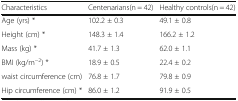
<table><thead><tr><td><b>Characteristics</b></td><td><b>Centenarians(n = 42)</b></td><td><b>Healthy controls(n = 42)</b></td></tr></thead><tbody><tr><td>Age (yrs) *</td><td>102.2 ± 0.3</td><td>49.1 ± 0.8</td></tr><tr><td>Height (cm) *</td><td>148.3 ± 1.4</td><td>166.2 ± 1.2</td></tr><tr><td>Mass (kg) *</td><td>41.7 ± 1.3</td><td>62.0 ± 1.1</td></tr><tr><td>BMI (kg/m<sup>−2</sup>) *</td><td>18.9 ± 0.5</td><td>22.4 ± 0.2</td></tr><tr><td>waist circumference (cm)</td><td>76.8 ± 1.7</td><td>79.8 ± 0.9</td></tr><tr><td>Hip circumference (cm) *</td><td>86.0 ± 1.2</td><td>91.9 ± 0.5</td></tr></tbody></table>